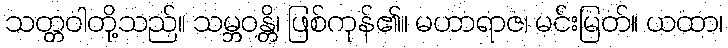
သတ္တဝါတို့သည်။ သမ္ဘဝန္တိ၊ ဖြစ်ကုန်၏။ မဟာရာဇ၊ မင်းမြတ်။ ယထာ၊